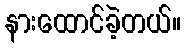
နားထောင်ခဲ့တယ်။